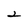
Character: 2